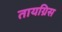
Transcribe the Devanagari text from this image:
तायग्रिस